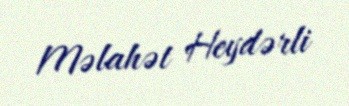
Məlahət Heydərli